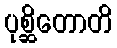
ပုစ္ဆိတောတိ